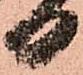
日